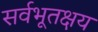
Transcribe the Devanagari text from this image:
सर्वभूतक्षय